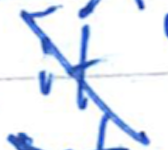
Text: it
Cross-out: diagonal
Writing tool: ballpoint